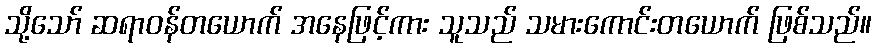
သို့သော် ဆရာဝန်တယောက် အနေဖြင့်ကား သူသည် သမားကောင်းတယောက် ဖြစ်သည်။